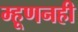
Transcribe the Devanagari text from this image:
म्हूणनही